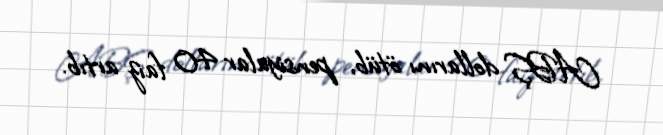
ABŞ dollarını ötüb, pensiyalar 40 faiz artıb.